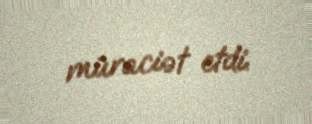
müraciət etdi.